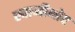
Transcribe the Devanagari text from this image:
स्वामीथोप